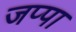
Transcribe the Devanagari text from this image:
जप्पा